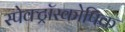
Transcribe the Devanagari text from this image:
स्पेक्ट्रॉस्कोपिक